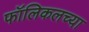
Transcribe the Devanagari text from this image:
फॉलिकलच्या